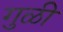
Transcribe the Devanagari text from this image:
गुळी